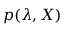
p ( \boldsymbol { \lambda } , X )